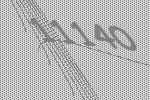
11140